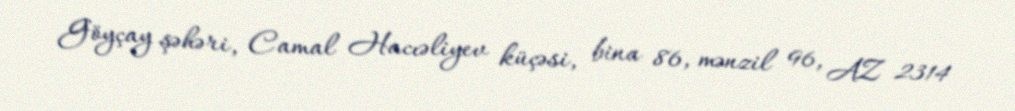
Göyçay şəhəri, Camal Hacıəliyev küçəsi, bina 86, mənzil 96, AZ 2314